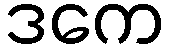
ဒကေ